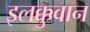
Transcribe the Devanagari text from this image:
इलक्कुवान